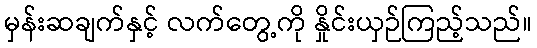
မှန်းဆချက်နှင့် လက်တွေ့ကို နှိုင်းယှဉ်ကြည့်သည်။